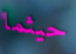
حيثما